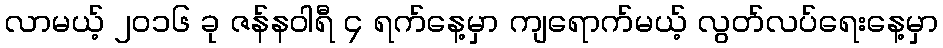
လာမယ့် ၂၀၁၆ ခု ဇန်နဝါရီ ၄ ရက်နေ့မှာ ကျရောက်မယ့် လွတ်လပ်ရေးနေ့မှာ